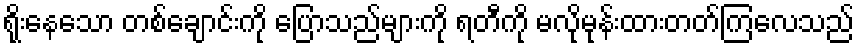
ရိုးနေသော တစ်ချောင်းကို ပြောသည်များကို ရတီကို မလိုမုန်းထားတတ်ကြလေသည်